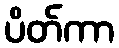
ပိတ်ကာ